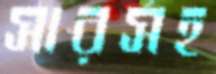
সারসহ